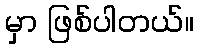
မှာ ဖြစ်ပါတယ်။